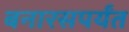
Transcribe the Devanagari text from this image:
बनारसपर्यंत